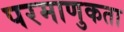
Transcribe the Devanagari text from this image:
परमाणुकता